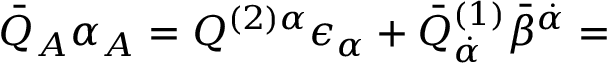
{ \bar { Q } } _ { A } \alpha _ { A } = Q ^ { ( 2 ) \alpha } \epsilon _ { \alpha } + { \bar { Q } } _ { { \dot { \alpha } } } ^ { ( 1 ) } { \bar { \beta } } ^ { { \dot { \alpha } } } =